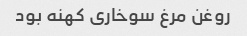
روغن مرغ سوخاری کهنه بود